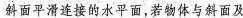
斜面平滑连接的水平面，若物体与斜面及